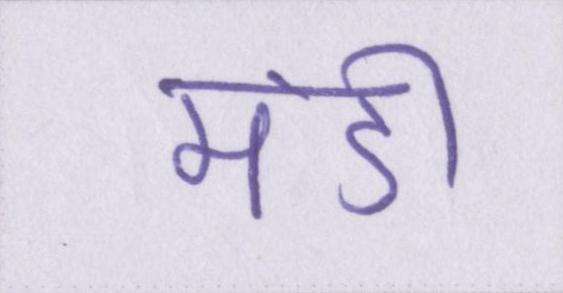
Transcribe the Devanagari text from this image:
मंडी